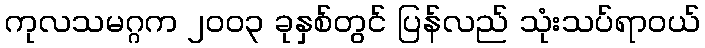
ကုလသမဂ္ဂက ၂၀၀၃ ခုနှစ်တွင် ပြန်လည် သုံးသပ်ရာဝယ်